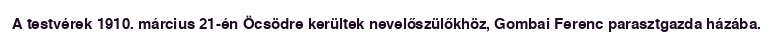
A testvérek 1910. március 21-én Öcsödre kerültek nevelőszülőkhöz, Gombai Ferenc parasztgazda házába.